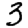
Digit: 3